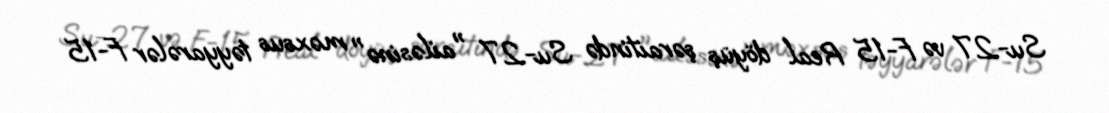
Su-27 və F-15 Real döyüş şəraitində Su-27 "ailəsinə" məxsus təyyarələr F-15